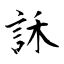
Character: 訸